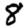
Digit: 8